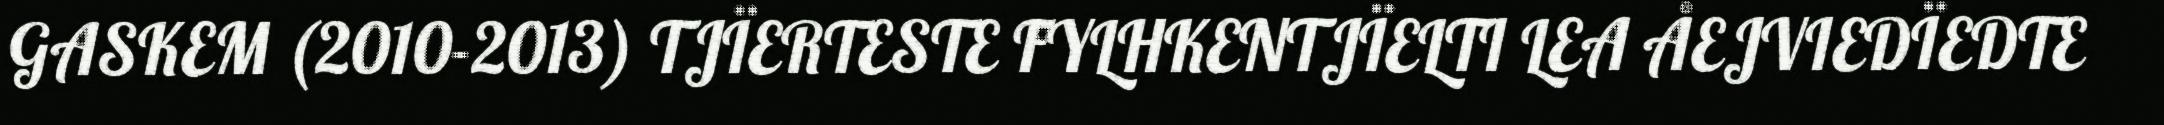
GASKEM (2010-2013) TJÏERTESTE FYLHKENTJÏELTI LEA ÅEJVIEDÏEDTE